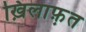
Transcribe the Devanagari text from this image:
ख़िलाफ़़त